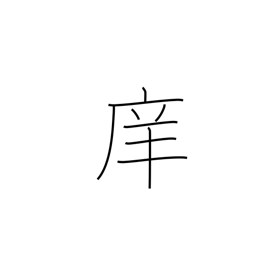
Meaning: school